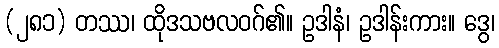
(၂၈၁) တဿ၊ ထိုဒသဗလဝဂ်၏။ ဥဒါနံ၊ ဥဒါန်းကား။ ဒွေ၊